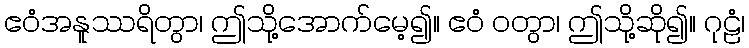
ဧဝံအနူဿရိတွာ၊ ဤသို့အောက်မေ့၍။ ဧဝံ ဝတွာ၊ ဤသို့ဆို၍။ ဂုဠံ၊